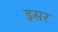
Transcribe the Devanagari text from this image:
इसर